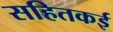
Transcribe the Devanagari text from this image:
सहितकई